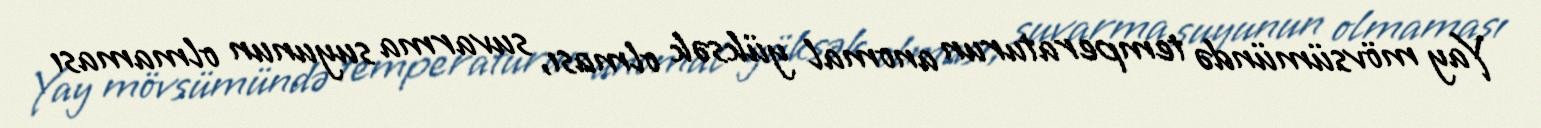
Yay mövsümündə temperaturun anomal yüksək olması, suvarma suyunun olmaması